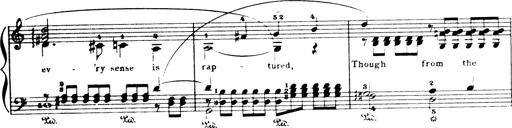
Title: Wagner-Liszt Album
Composer: Franz Liszt